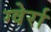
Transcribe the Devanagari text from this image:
ग्वेर्रा